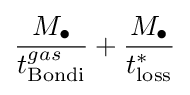
{M_{\bullet } \over t_{\text{Bondi}}^{gas}}+{M_{\bullet } \over t_{\text{loss}}^{*}}